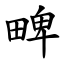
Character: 㽡